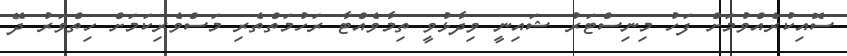
ސޮއިކުރެއްވުމަށް ފަހު މިނިސްޓަރު ޝައިނީ ވިދާޅުވީ ތިމާވެއްޓާ ރަހުމަތްތެރި މަސްވެރިކަމަށް ހިތްވަރު ދޭ